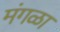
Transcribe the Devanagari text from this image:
मंगळा